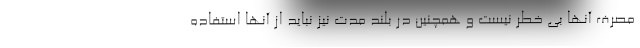
مصرف آنها بی خطر نیست و همچنین در بلند مدت نیز نباید از آنها استفاده